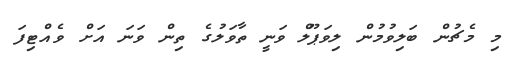
މި މެޗުން ބަލިވުމުން ލިވަޕޫލް ވަނީ ތާވަލުގެ ތިން ވަނަ އަށް ވެއްޓިފަ